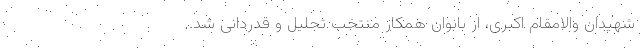
شهیدان والامقام اکبری، از بانوان همکار منتخب تجلیل و قدردانی شد.